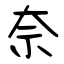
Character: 奈